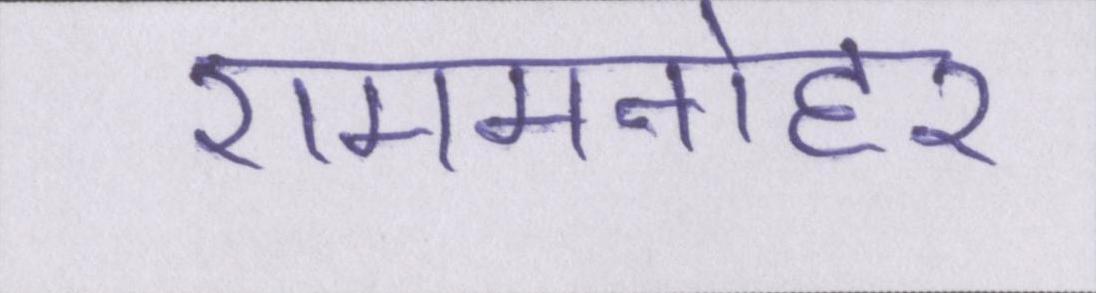
राममनोहर